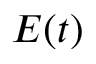
E ( t )